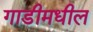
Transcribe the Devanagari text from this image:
गाडीमधील